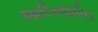
આદિમજાતિના